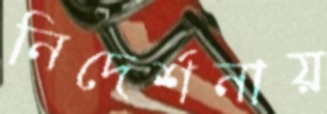
নিদের্শনায়